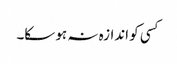
کسی کو اندازہ نہ ہو سکا۔